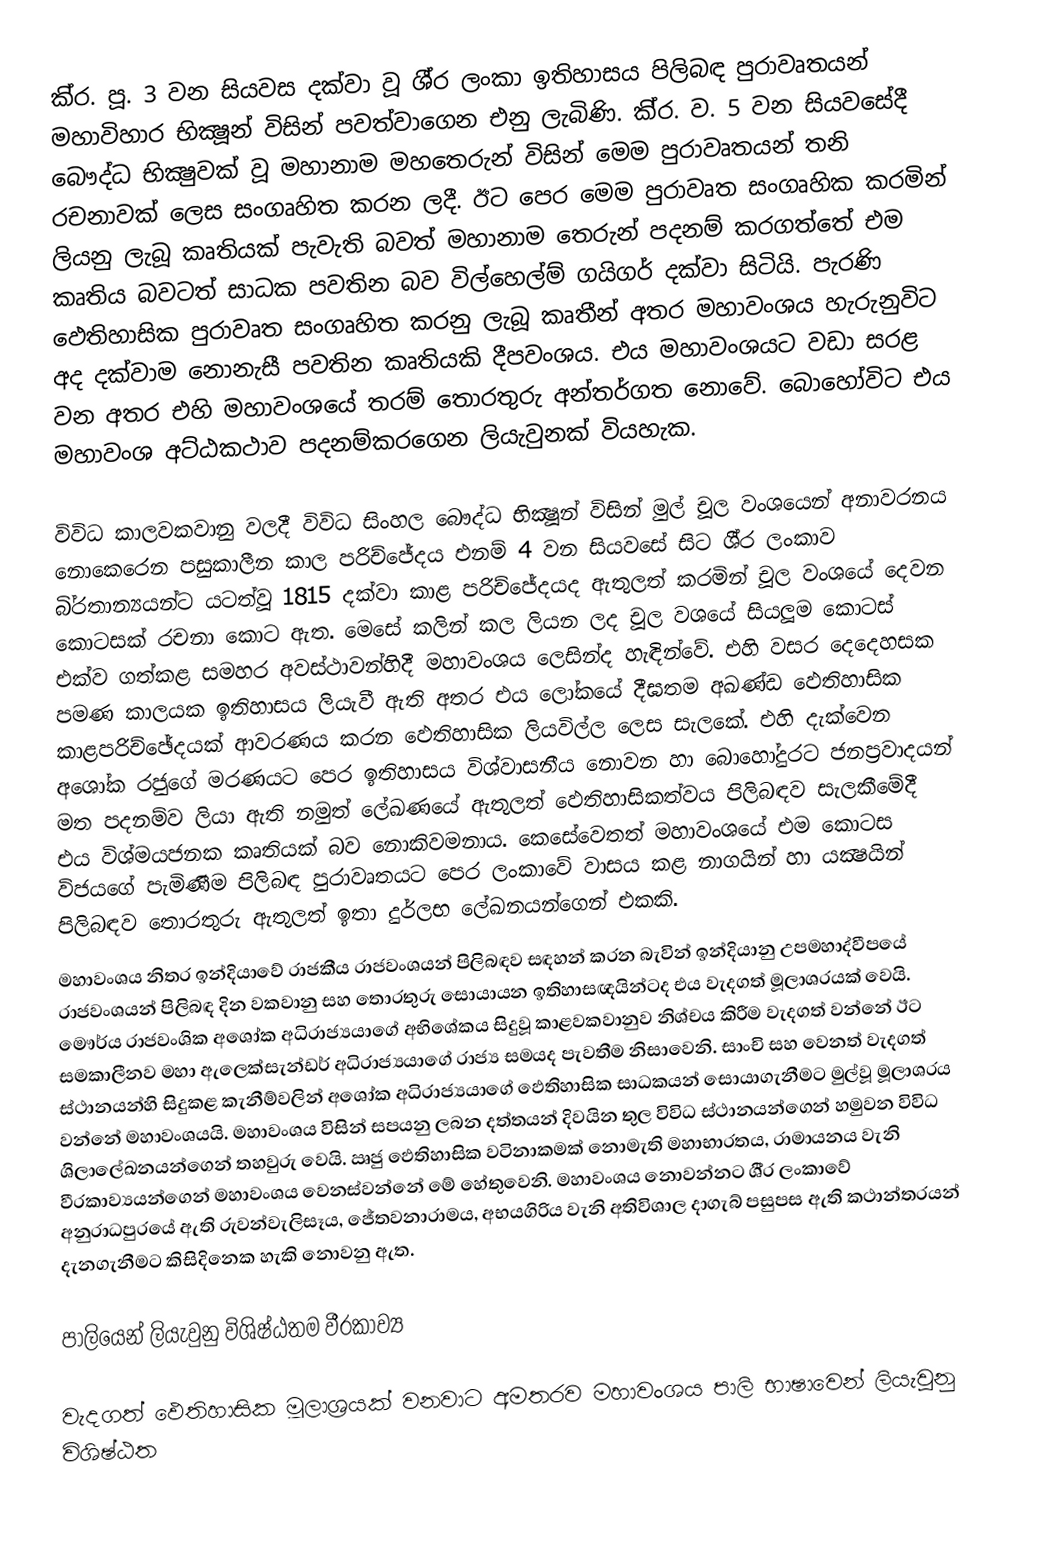
කි‍්‍ර. පූ. 3 වන සියවස දක්වා වූ ශී‍්‍ර ලංකා ඉතිහාසය පිලිබඳ පුරාවෘතයන් මහාවිහාර භික්‍ෂූන් විසින් පවත්වාගෙන එනු ලැබිණි. කි‍්‍ර. ව. 5 වන සියවසේදී බෞද්ධ භික්‍ෂුවක් වූ මහානාම මහතෙරුන් විසින් මෙම පුරාවෘතයන් තනි රචනාවක් ලෙස සංගෘහිත කරන ලදී. ඊට පෙර මෙම පුරාවෘත සංගෘහික කරමින් ලියනු ලැබූ කෘතියක් පැවැති බවත් මහානාම තෙරුන් පදනම් කරගත්තේ එම කෘතිය බවටත් සාධක පවතින බව විල්හෙල්ම් ගයිගර් දක්වා සිටියි. පැරණි ඵෙතිහාසික පුරාවෘත සංගෘහිත කරනු ලැබූ කෘතීන් අතර මහාවංශය හැරුනුවිට අද දක්වාම නොනැසී පවතින කෘතියකි දීපවංශය. එය මහාවංශයට වඩා සරළ වන අතර එහි මහාවංශයේ තරම් තොරතුරු අන්තර්ගත නොවේ. බොහෝවිට එය මහාවංශ අට්ඨකථාව පදනම්කරගෙන ලියැවුනක් වියහැක.

විවිධ කාලවකවානු වලදී විවිධ සිංහල බෞද්ධ භික්‍ෂූන් විසින් මුල් චූල වංශයෙන් අනාවරනය නොකෙරෙන පසුකාලීන කාල පරිච්ජේදය එනම් 4 වන සියවසේ සිට ශී‍්‍ර ලංකාව බි‍්‍රතාන්‍යයන්ට යටත්වූ 1815 දක්වා කාළ පරිච්ජේදයද ඇතුලත් කරමින් චූල වංශයේ දෙවන කොටසක් රචනා කොට ඇත. මෙසේ කලින් කල ලියන ලද චූල වශයේ සියලූම කොටස් එක්ව ගත්කළ සමහර අවස්ථාවන්හිදී මහාවංශය ලෙසින්ද හැඳින්වේ. එහි වසර දෙදෙහසක පමණ කාලයක ඉතිහාසය ලියැවී ඇති අතර එය ලෝකයේ දීඝතම අඛණ්ඩ ඵෙතිහාසික කාළපරිච්ඡේදයක් ආවරණය කරන ඵෙතිහාසික ලියවිල්ල ලෙස සැලකේ. එහි දැක්වෙන අශෝක රජුගේ මරණයට පෙර ඉතිහාසය විශ්වාසනීය නොවන හා බොහෝදුරට ජනප‍්‍රවාදයන් මත පදනම්ව ලියා ඇති නමුත් ලේඛණයේ ඇතුලත් ඵෙතිහාසිකත්වය පිලිබඳව සැලකීමේදී එය විශ්මයජනක කෘතියක් බව නොකිවමනාය. කෙසේවෙතත් මහාවංශයේ එම කොටස විජයගේ පැමිණීම පිලිබඳ පුරාවෘතයට පෙර ලංකාවේ වාසය කළ නාගයින් හා යක්‍ෂයින් පිලිබඳව තොරතුරු ඇතුලත් ඉතා දුර්ලභ ලේඛනයන්ගෙන් එකකි.
මහාවංශය නිතර ඉන්දියාවේ රාජකීය රාජවංශයන් පිලිබඳව සඳහන් කරන බැවින් ඉන්දියානු උපමහාද්වීපයේ රාජවංශයන් පිලිබඳ දින වකවානු සහ තොරතුරු සොයායන ඉතිහාසඥයින්ටද එය වැදගත් මූලාශ‍්‍රයක් වෙයි. මෞර්ය රාජවංශික අශෝක අධිරාජ්‍යයාගේ අභිශේකය සිදුවූ කාළවකවානුව නිශ්චය කිරීම වැදගත් වන්නේ ඊට සමකාලීනව මහා ඇලෙක්සැන්ඩර් අධිරාජ්‍යයාගේ රාජ්‍ය සමයද පැවතීම නිසාවෙනි. සාංචි සහ වෙනත් වැදගත් ස්ථානයන්හි සිදුකළ කැනීම්වලින් අශෝක අධිරාජ්‍යයාගේ ඵෙතිහාසික සාධකයන් සොයාගැනීමට මුල්වූ මූලාශ‍්‍රය වන්නේ මහාවංශයයි. මහාවංශය විසින් සපයනු ලබන දත්තයන් දිවයින තුල විවිධ ස්ථානයන්ගෙන් හමුවන විවිධ ශිලාලේඛනයන්ගෙන් තහවුරු වෙයි. ඍජු ඵෙතිහාසික වටිනාකමක් නොමැති මහාභාරතය, රාමායනය වැනි වීරකාව්‍යයන්ගෙන් මහාවංශය වෙනස්වන්නේ මේ හේතුවෙනි. මහාවංශය නොවන්නට ශී‍්‍ර ලංකාවේ අනුරාධපුරයේ ඇති රුවන්වැලිසෑය, ජේතවනාරාමය, අභයගිරිය වැනි අතිවිශාල දාගැබ් පසුපස ඇති කථාන්තරයන් දැනගැනීමට කිසිදිනෙක හැකි නොවනු ඇත.

පාලියෙන් ලියැවුනු විශිෂ්ඨතම වීරකාව්‍ය

වැදගත් ඵෙතිහාසික මූලාශ‍්‍රයක් වනවාට අමතරව මහාවංශය පාලි භාෂාවෙන් ලියැවුනු විශිෂ්ඨත